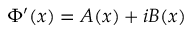
\Phi ^ { \prime } ( x ) = A ( x ) + i B ( x )